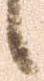
候